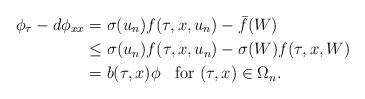
LaTeX: \begin{align*}\phi_{\tau}-d\phi_{xx} &= \sigma(u_n)f(\tau,x,u_n)-\bar{f}(W)\\&\leq \sigma(u_n) f(\tau,x, u_n)-\sigma(W)f(\tau,x, W)\\&=b(\tau,x)\phi\;\; \mbox{ for $(\tau,x)\in \Omega_n$.}\end{align*}